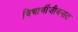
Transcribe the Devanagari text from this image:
विद्यार्थीजीवनात